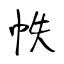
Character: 帙